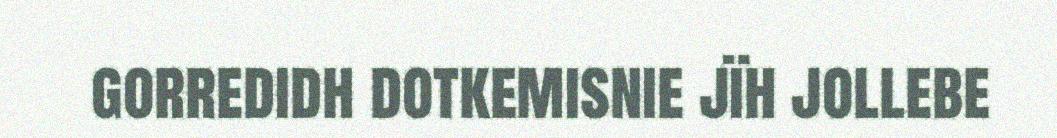
gorredidh dotkemisnie jïh jollebe